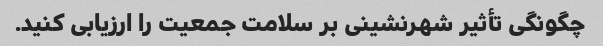
چگونگی تأثیر شهرنشینی بر سلامت جمعیت را ارزیابی کنید.